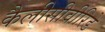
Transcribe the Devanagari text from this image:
कैलीसीवीरिडे